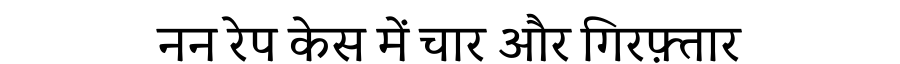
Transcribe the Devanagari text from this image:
नन रेप केस में चार और गिरफ़्तार